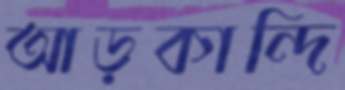
আড়কান্দি